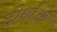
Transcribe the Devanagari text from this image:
दीर्घाओ